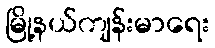
မြို့နယ်ကျန်းမာရေး